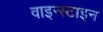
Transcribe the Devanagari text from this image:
वाइन्स्टाइन